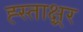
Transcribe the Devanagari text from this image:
ह्स्ताक्ष्रर